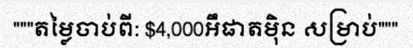
"""តម្លៃចាប់ពី: $4,000អឹផាតម៉ិន សម្រាប់"""